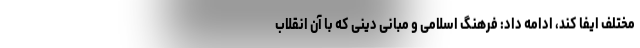
مختلف ایفا کند، ادامه داد: فرهنگ اسلامی و مبانی دینی که با آن انقلاب